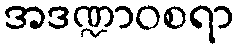
အဒဏ္ဍာဝစရာ